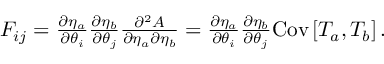
\begin{array} { r } { F _ { i j } = \frac { \partial \eta _ { a } } { \partial \theta _ { i } } \frac { \partial \eta _ { b } } { \partial \theta _ { j } } \frac { \partial ^ { 2 } A } { \partial \eta _ { a } \partial \eta _ { b } } = \frac { \partial \eta _ { a } } { \partial \theta _ { i } } \frac { \partial \eta _ { b } } { \partial \theta _ { j } } \mathrm { C o v } \left[ T _ { a } , T _ { b } \right] . } \end{array}